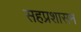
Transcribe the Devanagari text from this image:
सहप्रशासन